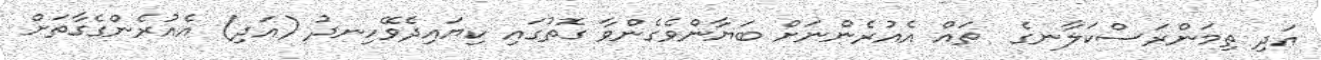
އަދި ތިމަންރަސްކަލާނގެ  ތައް އެއުރެންނަށް ބަޔާންވެގެންވާ ގޮތުގައި ކިޔައިދެވޭހިނދު (އަދި) އެއުރެންގެގާތަށް